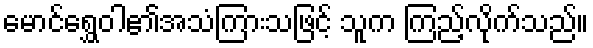
မောင်ရွှေဝါ၏အသံကြားသဖြင့် သူက ကြည့်လိုက်သည်။